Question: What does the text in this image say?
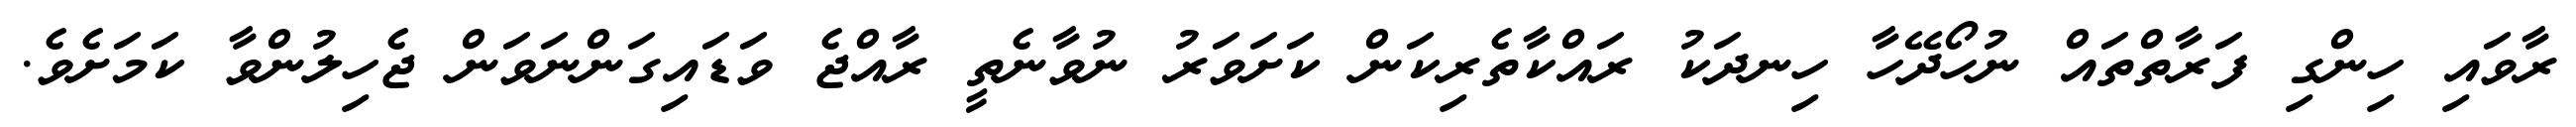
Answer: ރާވައި ހިންގި ފަރާތްތައް ނުހޯދޭހާ ހިނދަކު ރައްކާތެރިކަން ކަށަވަރު ނުވާނެތީ ރާއްޖެ ވަޑައިގަންނަވަން ޖެހިލުންވާ ކަމަށެވެ.